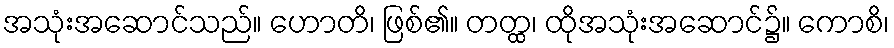
အသုံးအဆောင်သည်။ ဟောတိ၊ ဖြစ်၏။ တတ္ထ၊ ထိုအသုံးအဆောင်၌။ ကောစိ၊